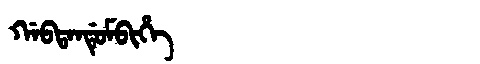
Manchu: ᡤᠠᠪᡨᠠᠨᡩᡠᠮᠪᡳᡥᡝ
Romanization: GABTANDUMBIHE